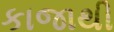
કાજાથી